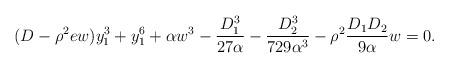
LaTeX: \begin{align*}(D-\rho^2 e w) y_1^3+y_1^6+\alpha w^3-\frac{D_1^3}{27 \alpha}-\frac{D_2^3}{729 \alpha^3}-\rho^2 \frac{D_1D_2}{9 \alpha} w=0.\end{align*}